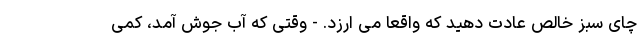
چای سبز خالص عادت دهید که واقعاً می ارزد. - وقتی که آب جوش آمد، کمی